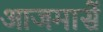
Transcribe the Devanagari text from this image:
आजमासें